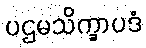
ပဌမသိက္ခာပဒံ